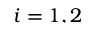
i = 1 , 2